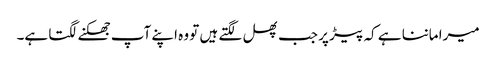
میرا ماننا ہے کہ پیڑ پر جب پھل لگتے ہیں تو وہ اپنے آپ جھکنے لگتا ہے۔